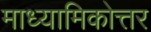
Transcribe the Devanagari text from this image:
माध्यामिकोत्तर